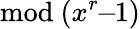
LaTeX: {\mathrm{mod~}}(x^{r}\! \! -\! \! 1)